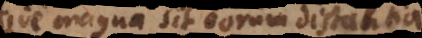
sive magna sit eorum distantia